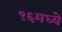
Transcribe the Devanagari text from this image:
९६मध्ये